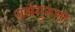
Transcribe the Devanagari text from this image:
धर्मगुरुंना